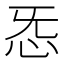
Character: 㤅